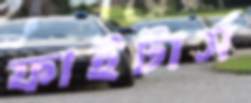
ফাইটার্স